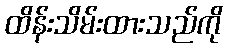
ထိန်းသိမ်းထားသည်ကို